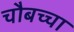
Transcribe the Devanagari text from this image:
चौबच्चा